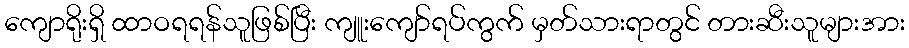
ကျောရိုးရှိ ထာဝရရန်သူဖြစ်ပြီး ကျူးကျော်ရပ်ကွက် မှတ်သားရာတွင် တားဆီးသူများအား